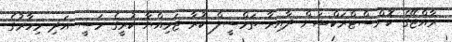
ރާއްޖޭގެ ކޮންސްޓްރަކްޝަން ދާއިރާ ތަމްސީލް ކުރާ ޖަމިއްޔާ ކުރީގެ މަސީ އަދި މިހާރުގެ